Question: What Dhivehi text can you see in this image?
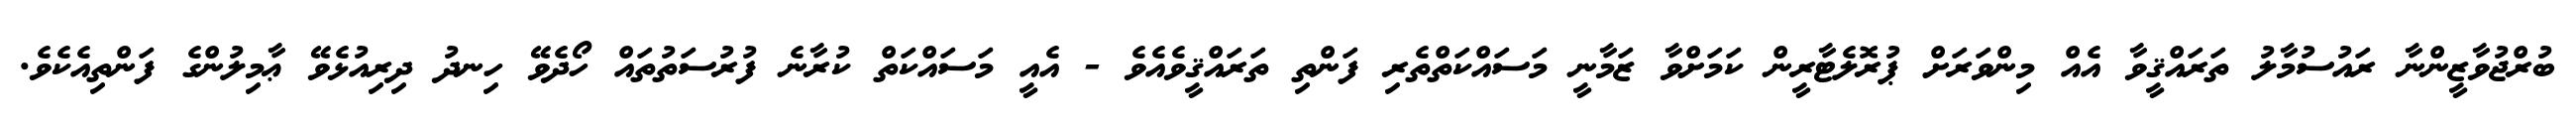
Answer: ބުރްޖުވާޒީންނާ ރައުސުމާލު ތަރައްޤީވާ އެއް މިންވަރަށް ޕުރޮލެޓާރީން ކަމަށްވާ ޒަމާނީ މަސައްކަތްތެރި ފަންތި ތަރައްޤީވެއެވެ - އެއީ މަސައްކަތް ކުރާނެ ފުރުސަތުތައް ހޯދެވޭ ހިނދު ދިރިއުޅެވޭ ޢާމިލުންގެ ފަންތިއެކެވެ.